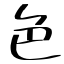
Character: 色